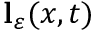
\mathbf { l } _ { \ensuremath { \varepsilon } } ( x , t )